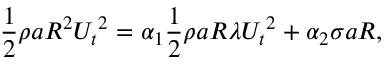
\frac { 1 } { 2 } \rho a R ^ { 2 } { U _ { t } } ^ { 2 } = \alpha _ { 1 } \frac { 1 } { 2 } \rho a R \lambda { U _ { t } } ^ { 2 } + \alpha _ { 2 } \sigma a R ,